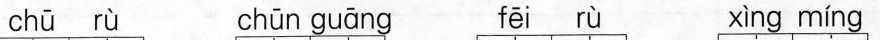
chū rù chūn guāng fēi rù xìng míng